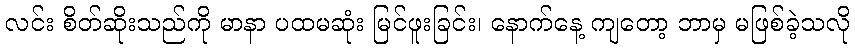
လင်း စိတ်ဆိုးသည်ကို မာနာ ပထမဆုံး မြင်ဖူးခြင်း၊ နောက်နေ့ ကျတော့ ဘာမှ မဖြစ်ခဲ့သလို